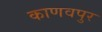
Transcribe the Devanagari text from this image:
काणवपुर